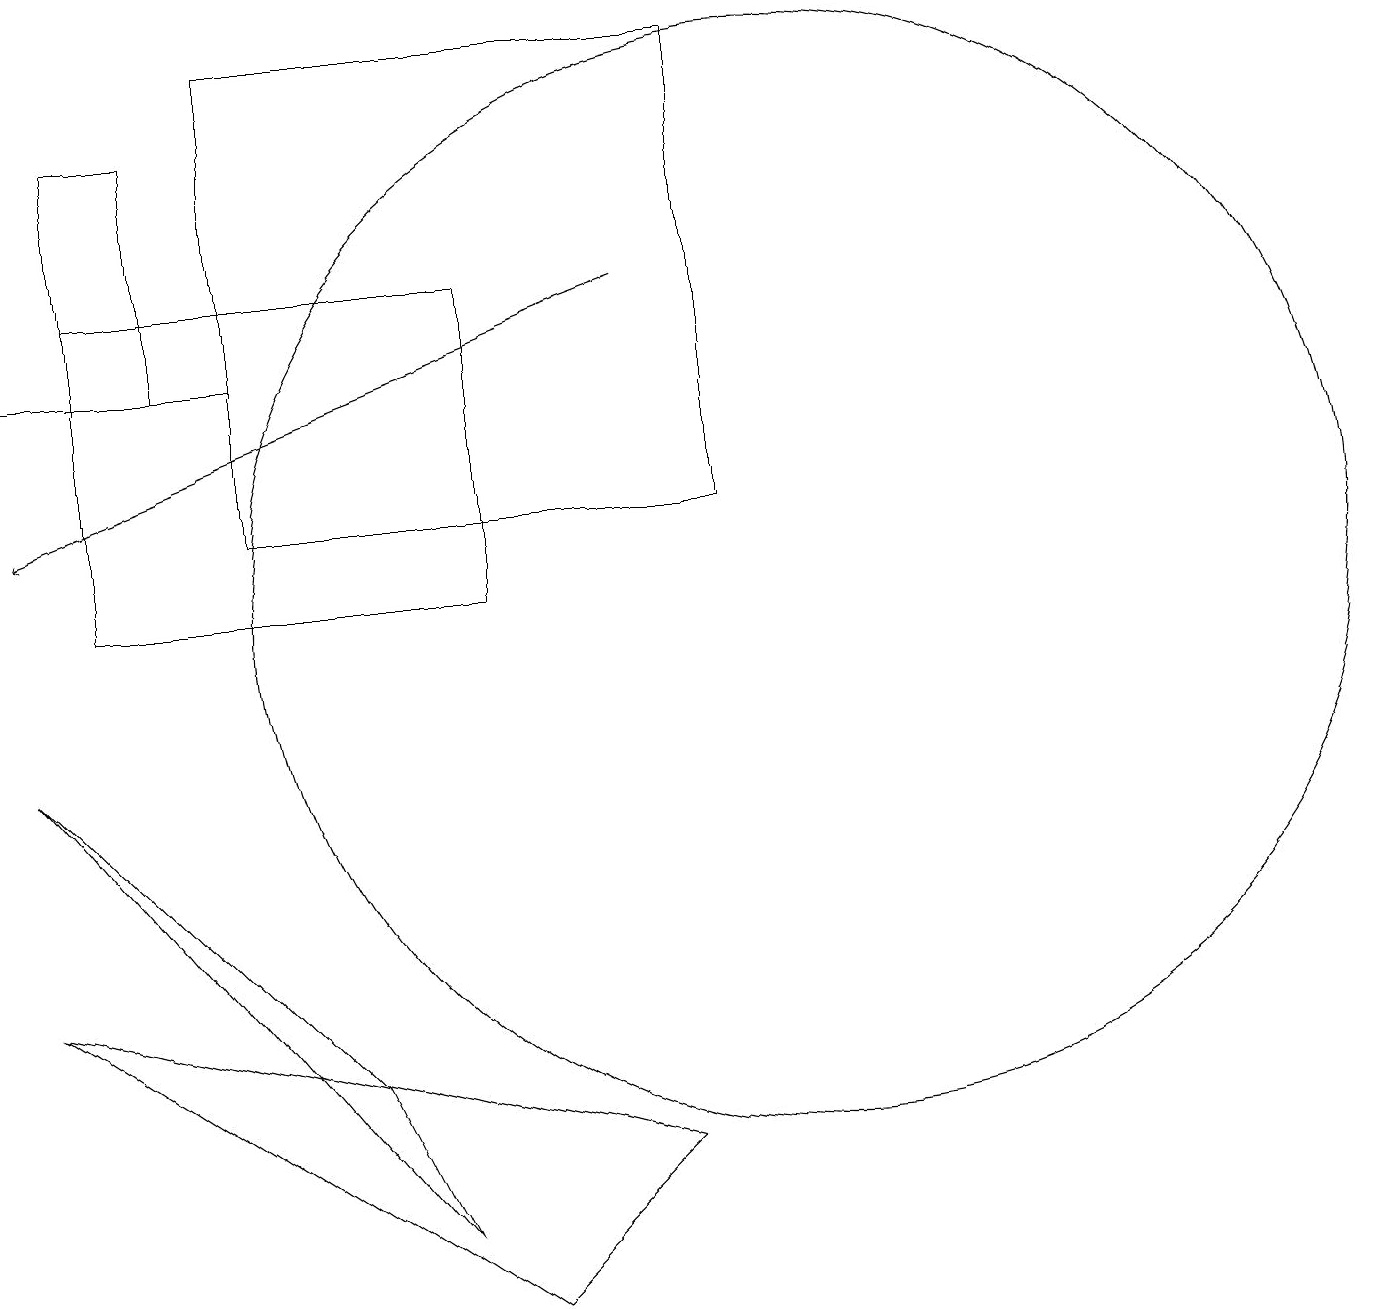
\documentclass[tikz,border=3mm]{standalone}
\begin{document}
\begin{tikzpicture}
\draw (5,2) -- (0,8) -- (4,4) -- cycle;
\draw (3,13) rectangle (0,13);
\draw (9,11) rectangle (3,17);
\draw[->] (8,14) -- (0,11);
\draw (10,10) circle (7);
\draw (2,16) rectangle (1,13);
\draw (8,3) -- (6,1) -- (0,5) -- cycle;
\draw (1,10) rectangle (6,14);
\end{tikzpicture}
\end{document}